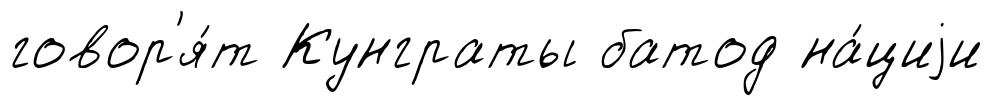
говор'я́т Кунграты батод на́циjи